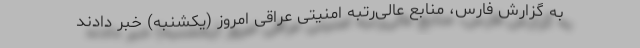
به گزارش فارس، منابع عالی‌رتبه امنیتی عراقی امروز (یکشنبه) خبر دادند